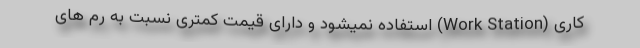
کاری (Work Station) استفاده نمیشود و دارای قیمت کمتری نسبت به رم های